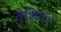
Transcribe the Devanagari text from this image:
वेशिक।